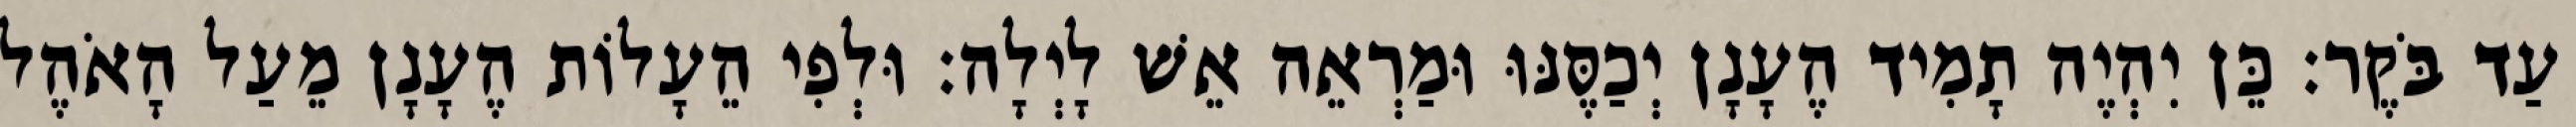
עַד בֹּקֶר׃ כֵּן יִהְיֶה תָמִיד הֶעָנָן יְכַסֶּנּוּ וּמַרְאֵה אֵשׁ לָיְלָה׃ וּלְפִי הֵעָלוֹת הֶעָנָן מֵעַל הָאֹהֶל